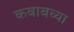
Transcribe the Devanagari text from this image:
कबाबच्या